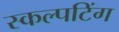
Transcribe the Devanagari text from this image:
स्कल्पटिंग